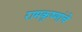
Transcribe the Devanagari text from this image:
रामकृष्णांचे